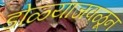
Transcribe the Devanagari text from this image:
डोळ्याजवळून